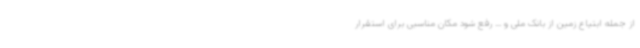
از جمله ابتیاع زمین از بانک ملی و ... رفع شود مکان مناسبی برای استقرار